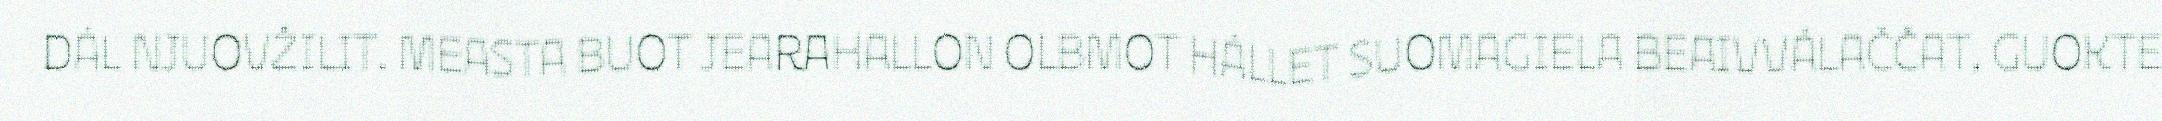
DÁL NJUOVŽILIT. MEASTA BUOT JEARAHALLON OLBMOT HÁLLET SUOMAGIELA BEAIVVÁLAČČAT, GUOKTE